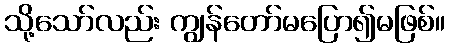
သို့သော်လည်း ကျွန်တော်မပြော၍မဖြစ်။